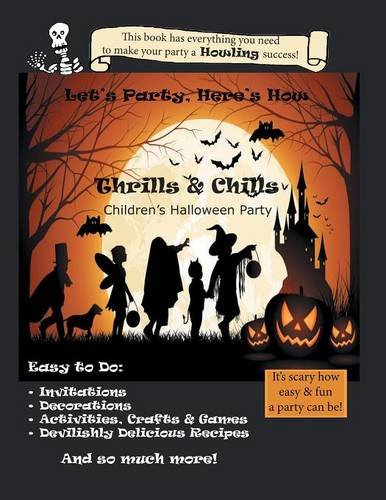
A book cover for Let's Party, Here's How: Thrills & Chills, Children's Halloween Party; Robin Gillette; Cookbooks, Food & Wine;